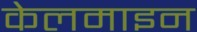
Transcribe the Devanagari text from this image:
केलमाइन